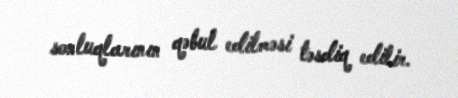
sonluqlarının qəbul edilməsi təsdiq edilir.